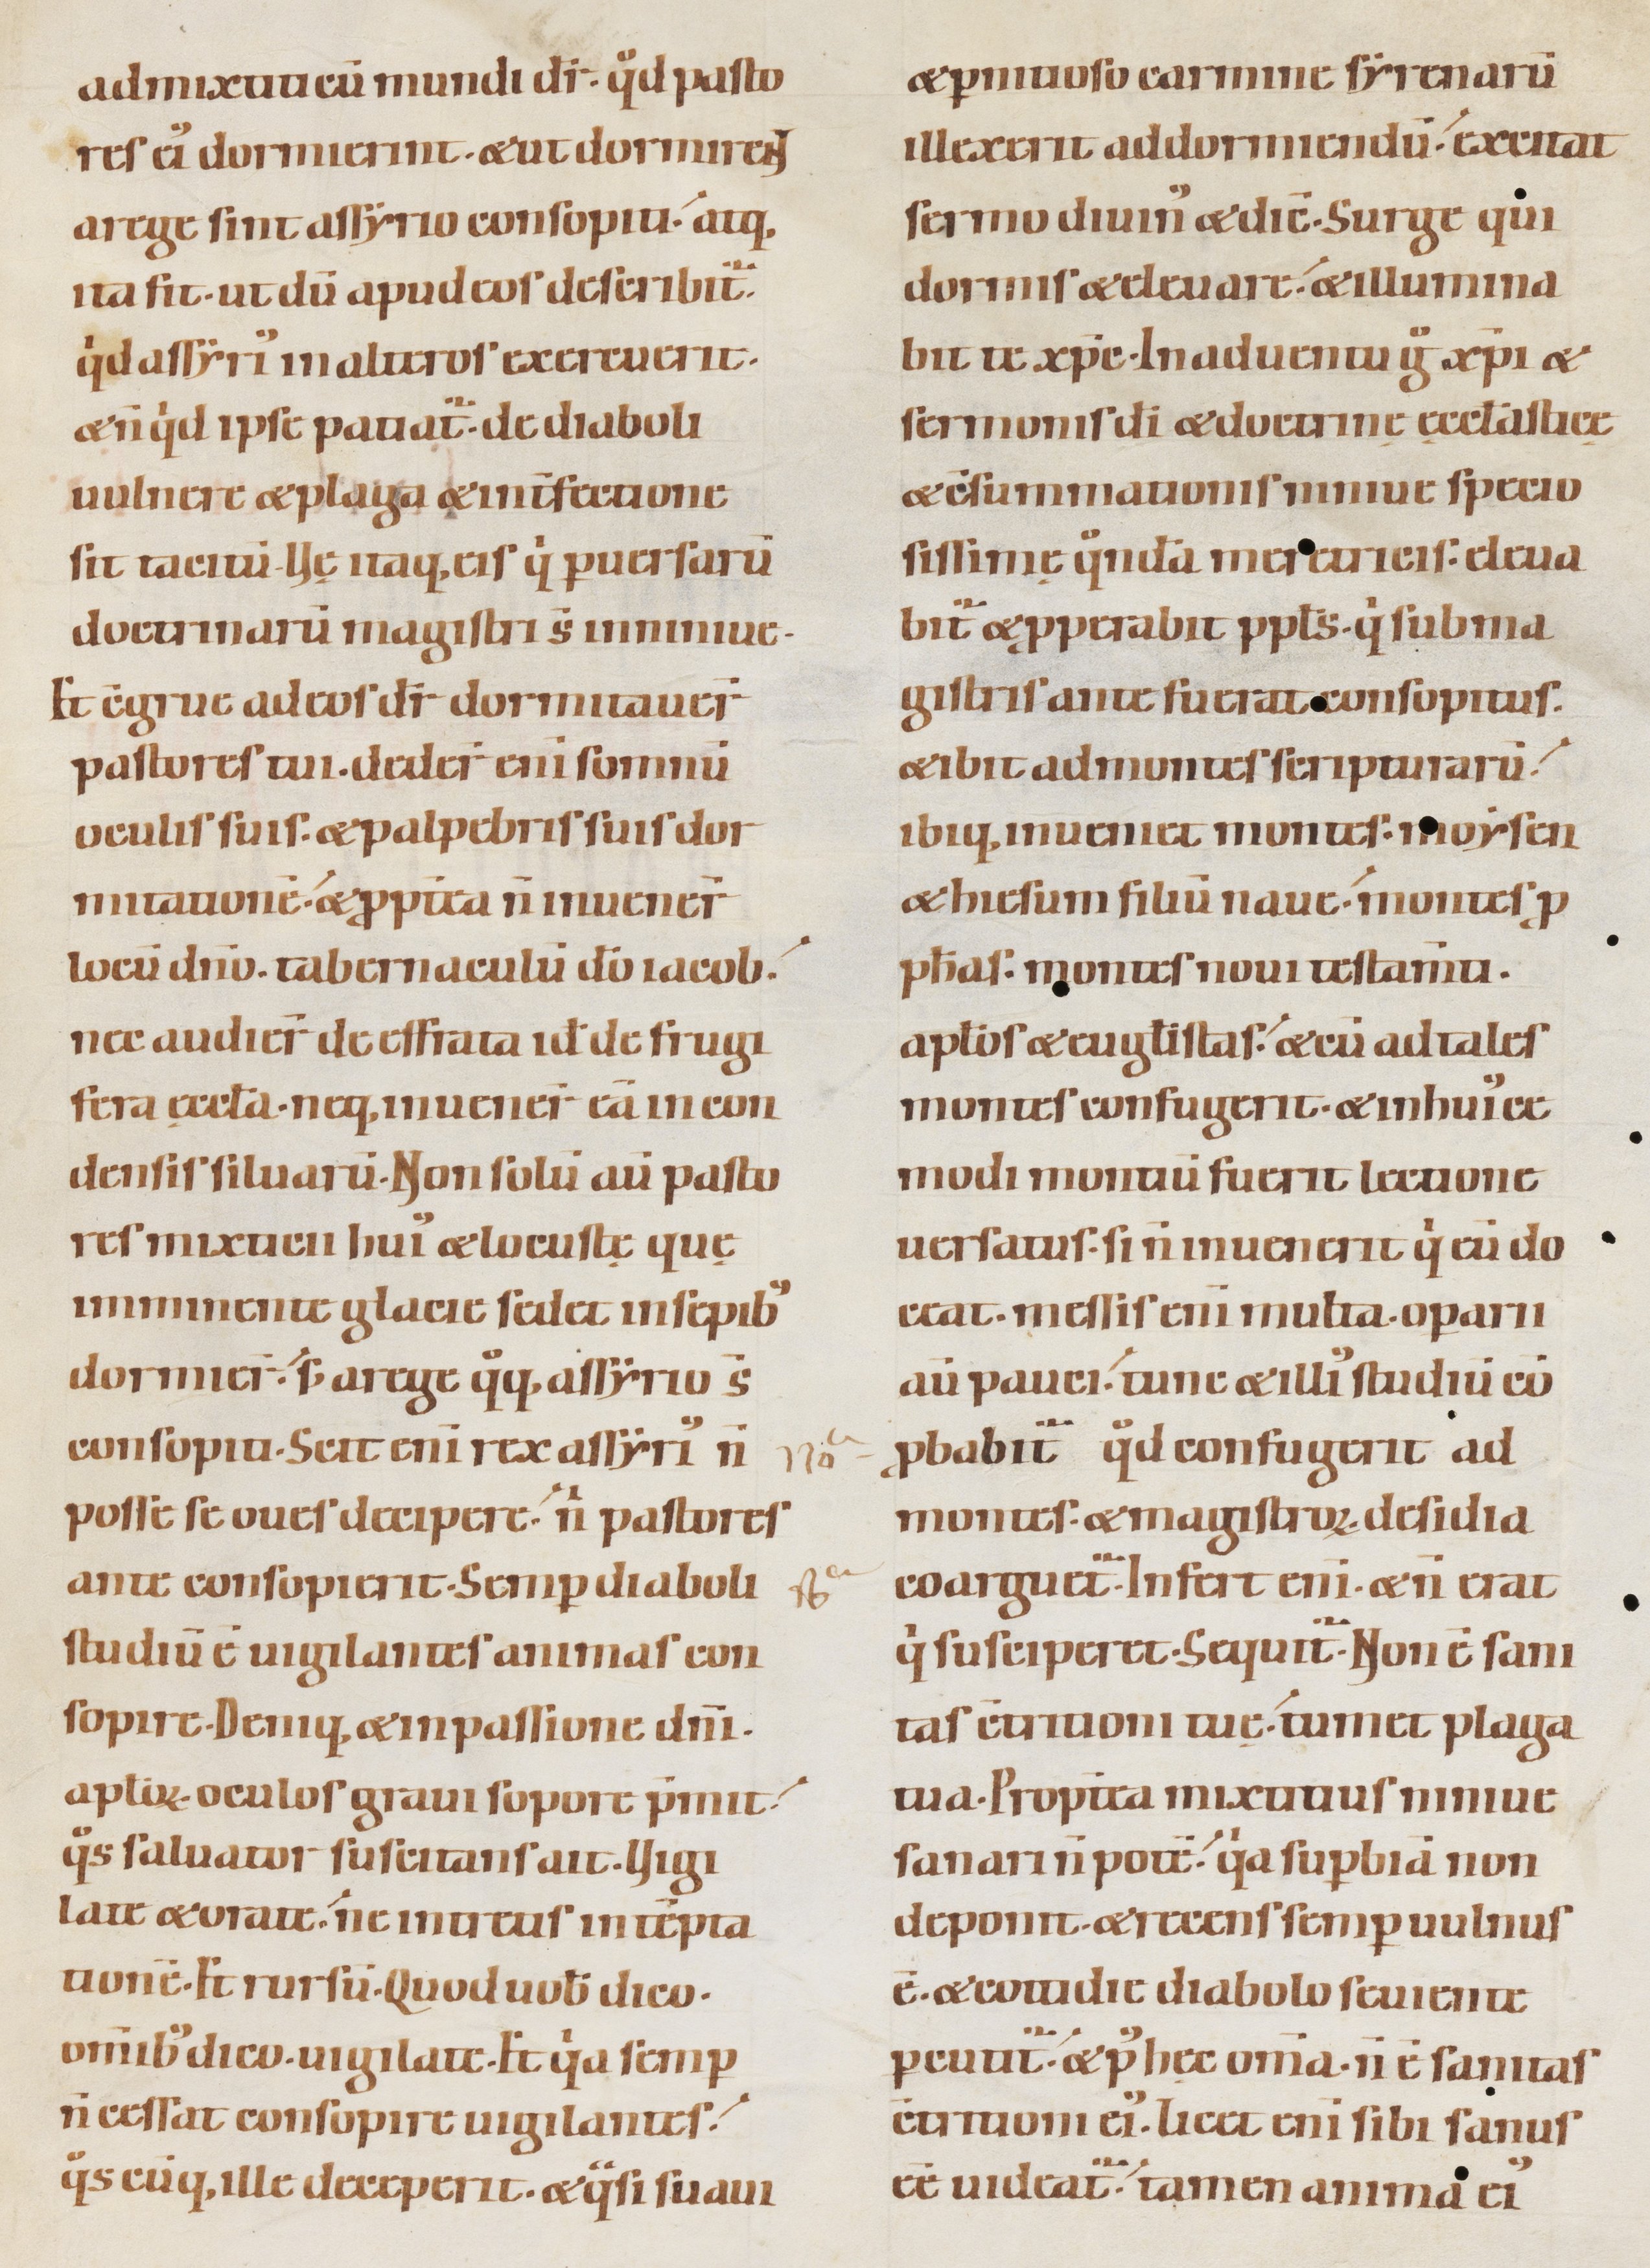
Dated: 1100–1130